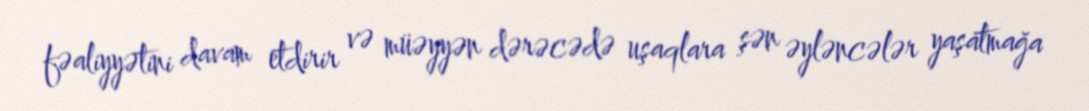
fəaliyyətini davam etdirir və müəyyən dərəcədə uşaqlara şən əyləncələr yaşatmağa